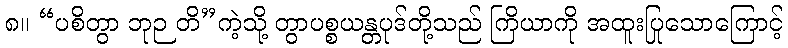
၈။ “ပစိတွာ ဘုဉ တိ”ကဲ့သို့ တွာပစ္စယန္တပုဒ်တို့သည် ကြိယာကို အထူးပြုသောကြောင့်